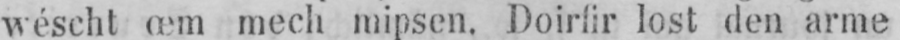
wéscht œm mech mipsen. Doirfir lost den arme